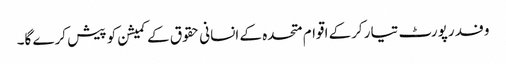
وفد رپورٹ تیار کرکے اقوام متحدہ کے انسانی حقوق کے کمیشن کو پیش کرے گا۔